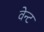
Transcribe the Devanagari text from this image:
वेन्ट